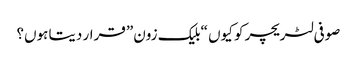
صوفی لٹریچر کو کیوں “بلیک زون” قرار دیتا ہوں؟